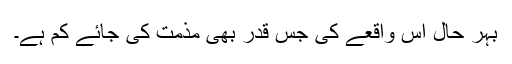
بہر حال اس واقعے کی جس قدر بھی مذمت کی جائے کم ہے۔